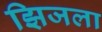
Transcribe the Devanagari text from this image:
झिजला